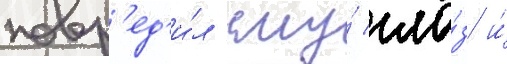
повр'ед'и́л ему́ гла́з и́